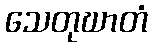
သေတုဃာတံ